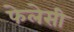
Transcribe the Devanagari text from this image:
फेलेसी